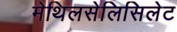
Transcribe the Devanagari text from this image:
मेथिलसेलिसिलेट